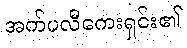
အက်ပလီကေးရှင်း၏